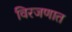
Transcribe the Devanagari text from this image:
विरजणात